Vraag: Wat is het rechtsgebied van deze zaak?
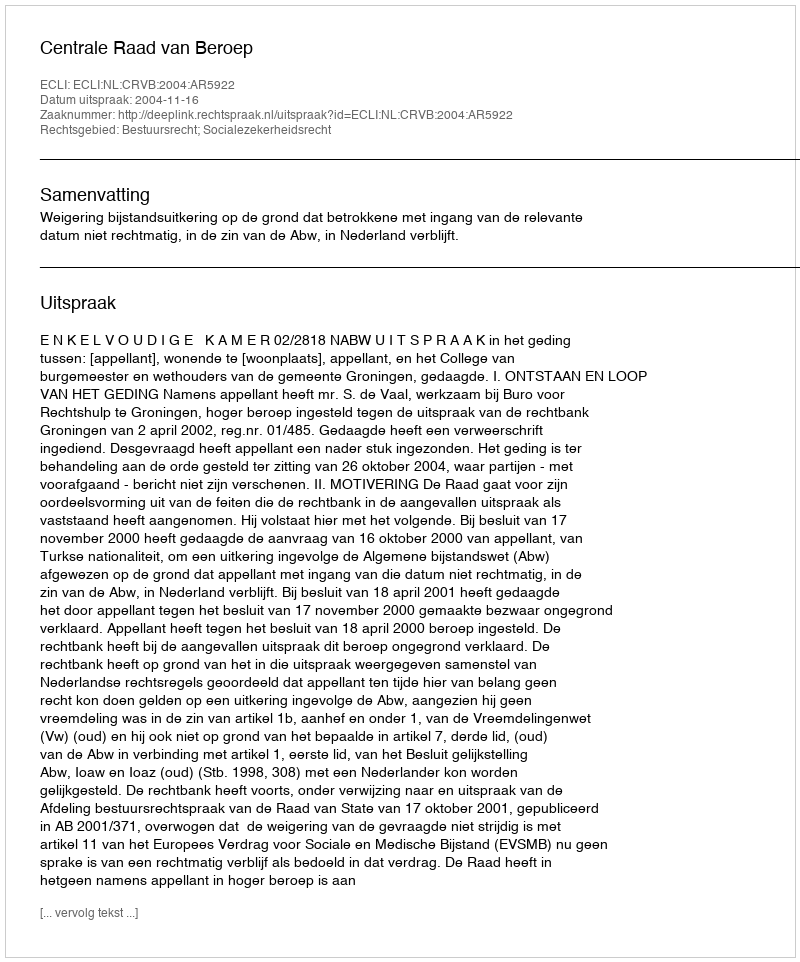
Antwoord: Bestuursrecht; Socialezekerheidsrecht